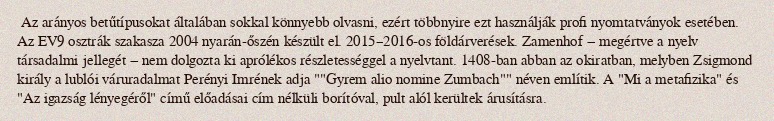
Az arányos betűtípusokat általában sokkal könnyebb olvasni, ezért többnyire ezt használják profi nyomtatványok esetében. Az EV9 osztrák szakasza 2004 nyarán-őszén készült el. 2015–2016-os földárverések. Zamenhof − megértve a nyelv társadalmi jellegét − nem dolgozta ki aprólékos részletességgel a nyelvtant. 1408-ban abban az okiratban, melyben Zsigmond király a lublói váruradalmat Perényi Imrének adja ""Gyrem alio nomine Zumbach"" néven említik. A "Mi a metafizika" és "Az igazság lényegéről" című előadásai cím nélküli borítóval, pult alól kerültek árusításra.